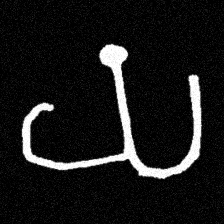
Pyu character \u2014 Myanmar letter: ယ (romanized: ya)